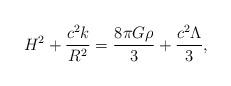
LaTeX: \begin{align*}H^2+\frac{c^2k}{R^2}=\frac{8\pi G\rho}{3}+\frac{c^2\Lambda}{3},\end{align*}